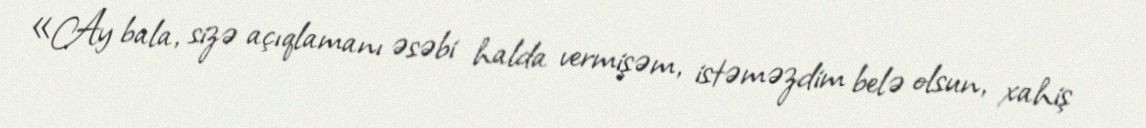
«Ay bala, sizə açıqlamanı əsəbi halda vermişəm, istəməzdim belə olsun, xahiş